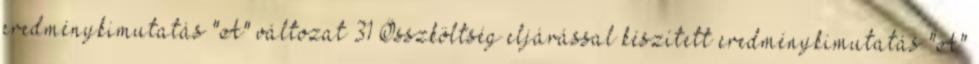
eredménykimutatás "A" változat 31 Összköltség eljárással készített eredménykimutatás "A"